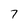
Character: 7